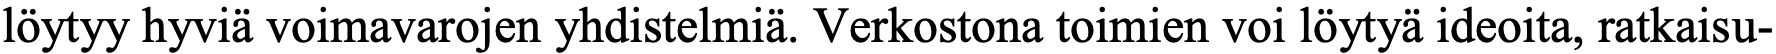
löytyy hyviä voimavarojen yhdistelmiä. Verkostona toimien voi löytyä ideoita, ratkaisu-